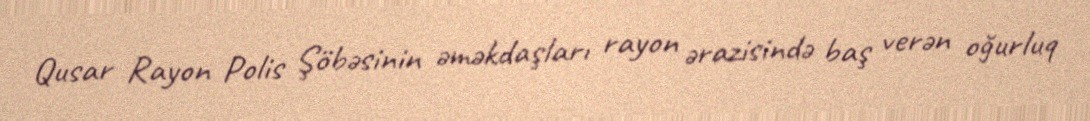
Qusar Rayon Polis Şöbəsinin əməkdaşları rayon ərazisində baş verən oğurluq